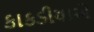
કાકડીયાએ